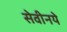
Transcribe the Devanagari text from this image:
सेवीनये